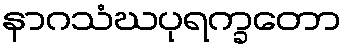
နာဂသံဃပုရက္ခတော